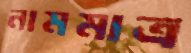
নামমাত্র